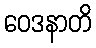
ဝေဒနာတိ